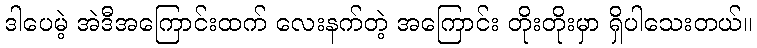
ဒါပေမဲ့ အဲဒီအကြောင်းထက် လေးနက်တဲ့ အကြောင်း တိုးတိုးမှာ ရှိပါသေးတယ်။